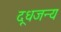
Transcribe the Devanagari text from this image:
दूधजन्य